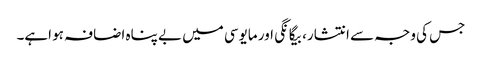
جس کی وجہ سے انتشار، بیگانگی اور مایوسی میں بے پناہ اضافہ ہو اہے۔